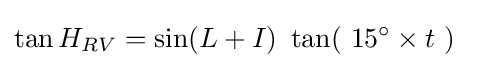
\tan H_{RV}=\sin(L+I)\ \tan(\ 15^{\circ }\times t\ )\